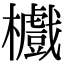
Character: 𣟵